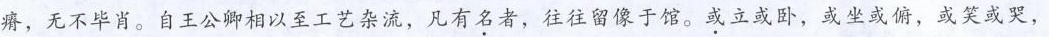
瘠，无不毕肖。自王公卿相以至工艺杂流，凡有名者，往往留像于馆。或立或卧，或坐或俯，或笑或哭，